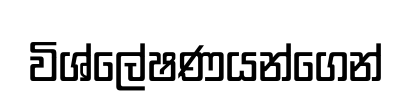
විශ්ලේෂණයන්ගෙන්